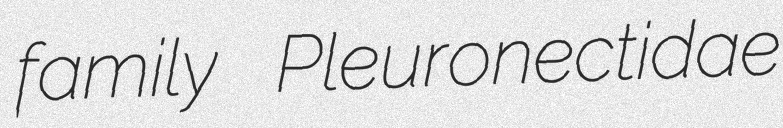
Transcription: family Pleuronectidae